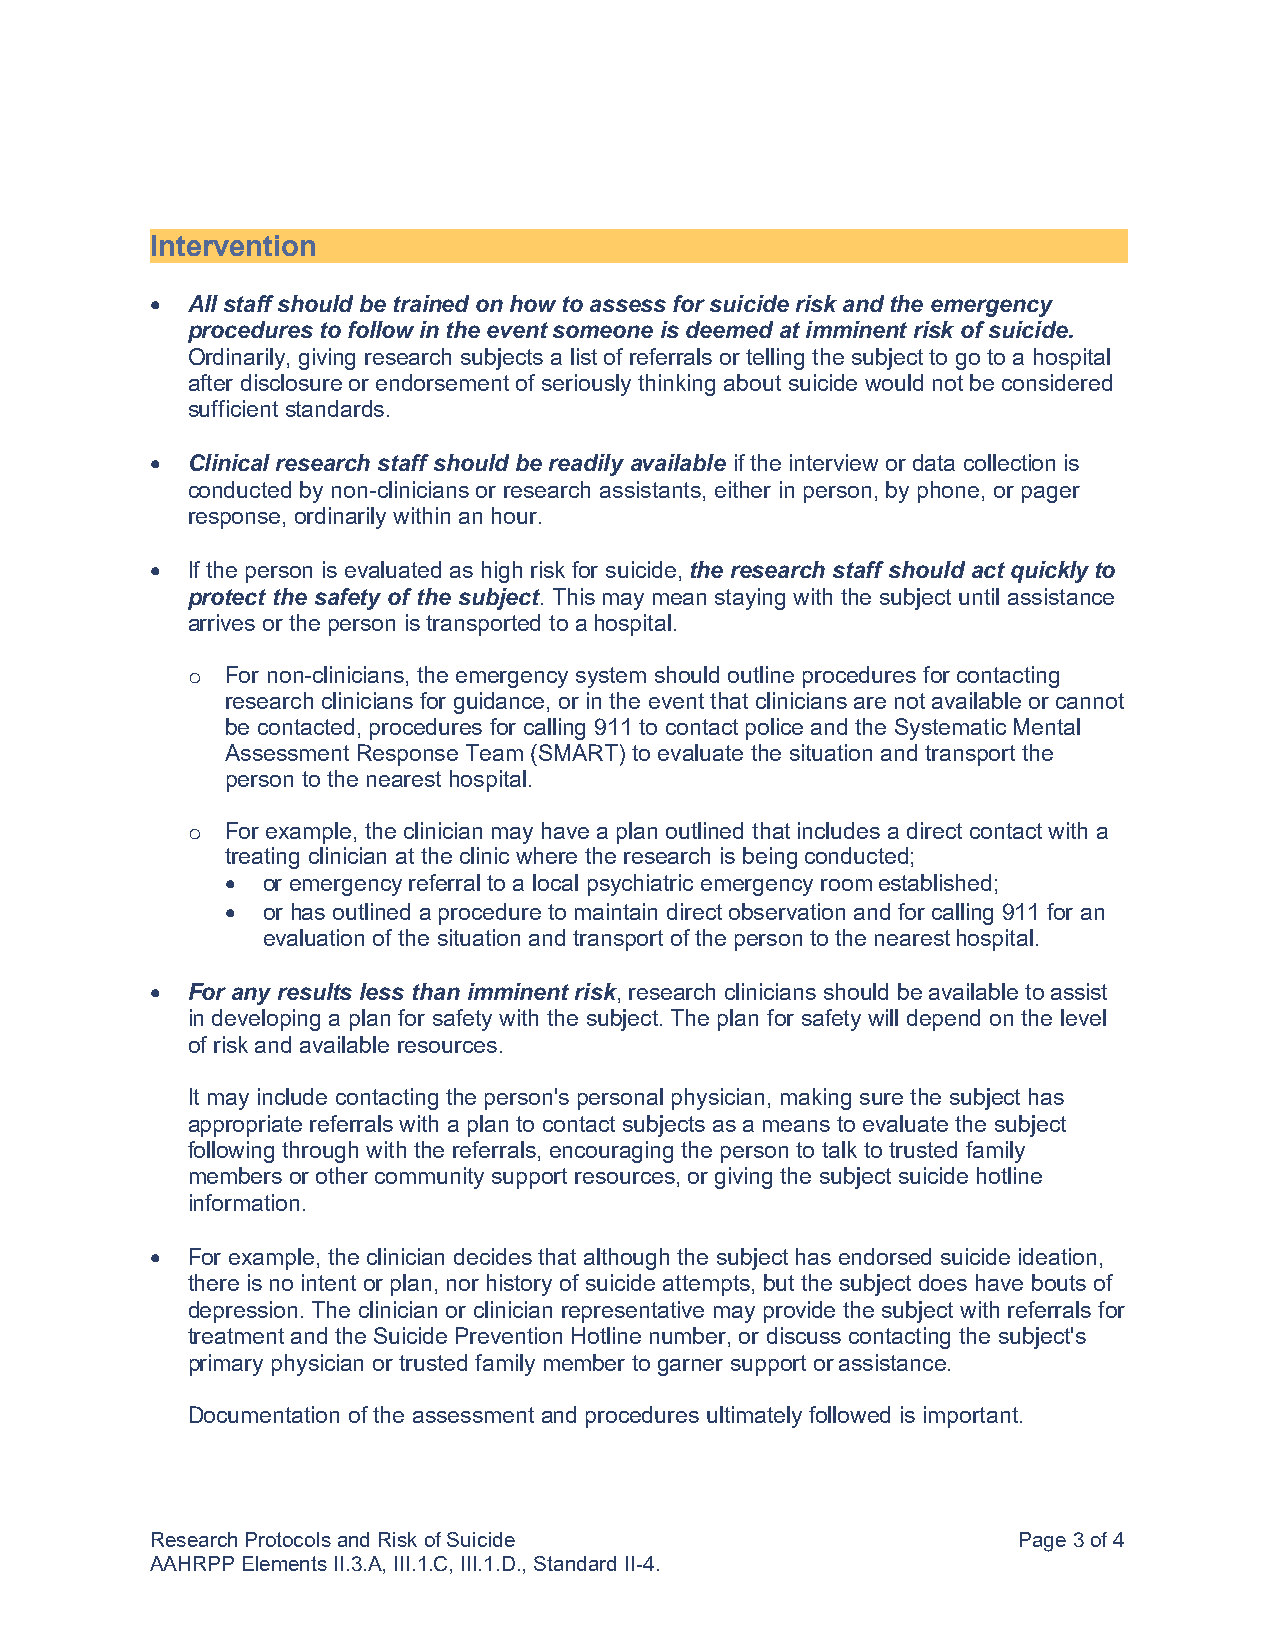
Intervention
 • All staff should be trained on how to assess for suicide risk and the emergency
 procedures to follow in the event someone is deemed at imminent risk of suicide.
 Ordinarily, giving research subjects a list of referrals or telling the subject to go to a hospital
 after disclosure or endorsement of seriously thinking about suicide would not be considered
 sufficient standards.
 • Clinical research staff should be readily available if the interview or data collection is
 conducted by non-clinicians or research assistants, either in person, by phone, or pager
 response, ordinarily within an hour.
 • If the person is evaluated as high risk for suicide, the research staff should act quickly to
 protect the safety of the subject. This may mean staying with the subject until assistance
 arrives or the person is transported to a hospital.
 For non-clinicians, the emergency system should outline procedures for contacting
 o
 research clinicians for guidance, or in the event that clinicians are not available or cannot
 be contacted, procedures for calling 911 to contact police and the Systematic Mental
 Assessment Response Team (SMART) to evaluate the situation and transport the
 person to the nearest hospital.
 For example, the clinician may have a plan outlined that includes a direct contact with a
 o
 treating clinician at the clinic where the research is being conducted;
 • or emergency referral to a local psychiatric emergency room established;
 • or has outlined a procedure to maintain direct observation and for calling 911 for an
 evaluation of the situation and transport of the person to the nearest hospital.
 • For any results less than imminent risk, research clinicians should be available to assist
 in developing a plan for safety with the subject. The plan for safety will depend on the level
 of risk and available resources.
 It may include contacting the person's personal physician, making sure the subject has
 appropriate referrals with a plan to contact subjects as a means to evaluate the subject
 following through with the referrals, encouraging the person to talk to trusted family
 members or other community support resources, or giving the subject suicide hotline
 information.
 • For example, the clinician decides that although the subject has endorsed suicide ideation,
 there is no intent or plan, nor history of suicide attempts, but the subject does have bouts of
 depression. The clinician or clinician representative may provide the subject with referrals for
 treatment and the Suicide Prevention Hotline number, or discuss contacting the subject's
 primary physician or trusted family member to garner support or assistance.
 Documentation of the assessment and procedures ultimately followed is important.
 Research Protocols and Risk of Suicide                   Page 3 of 4
 AAHRPP Elements II.3.A, III.1.C, III.1.D., Standard II-4.